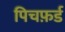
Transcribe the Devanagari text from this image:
पिचफ़र्ड